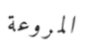
المروعة